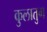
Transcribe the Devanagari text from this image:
कुलातुग